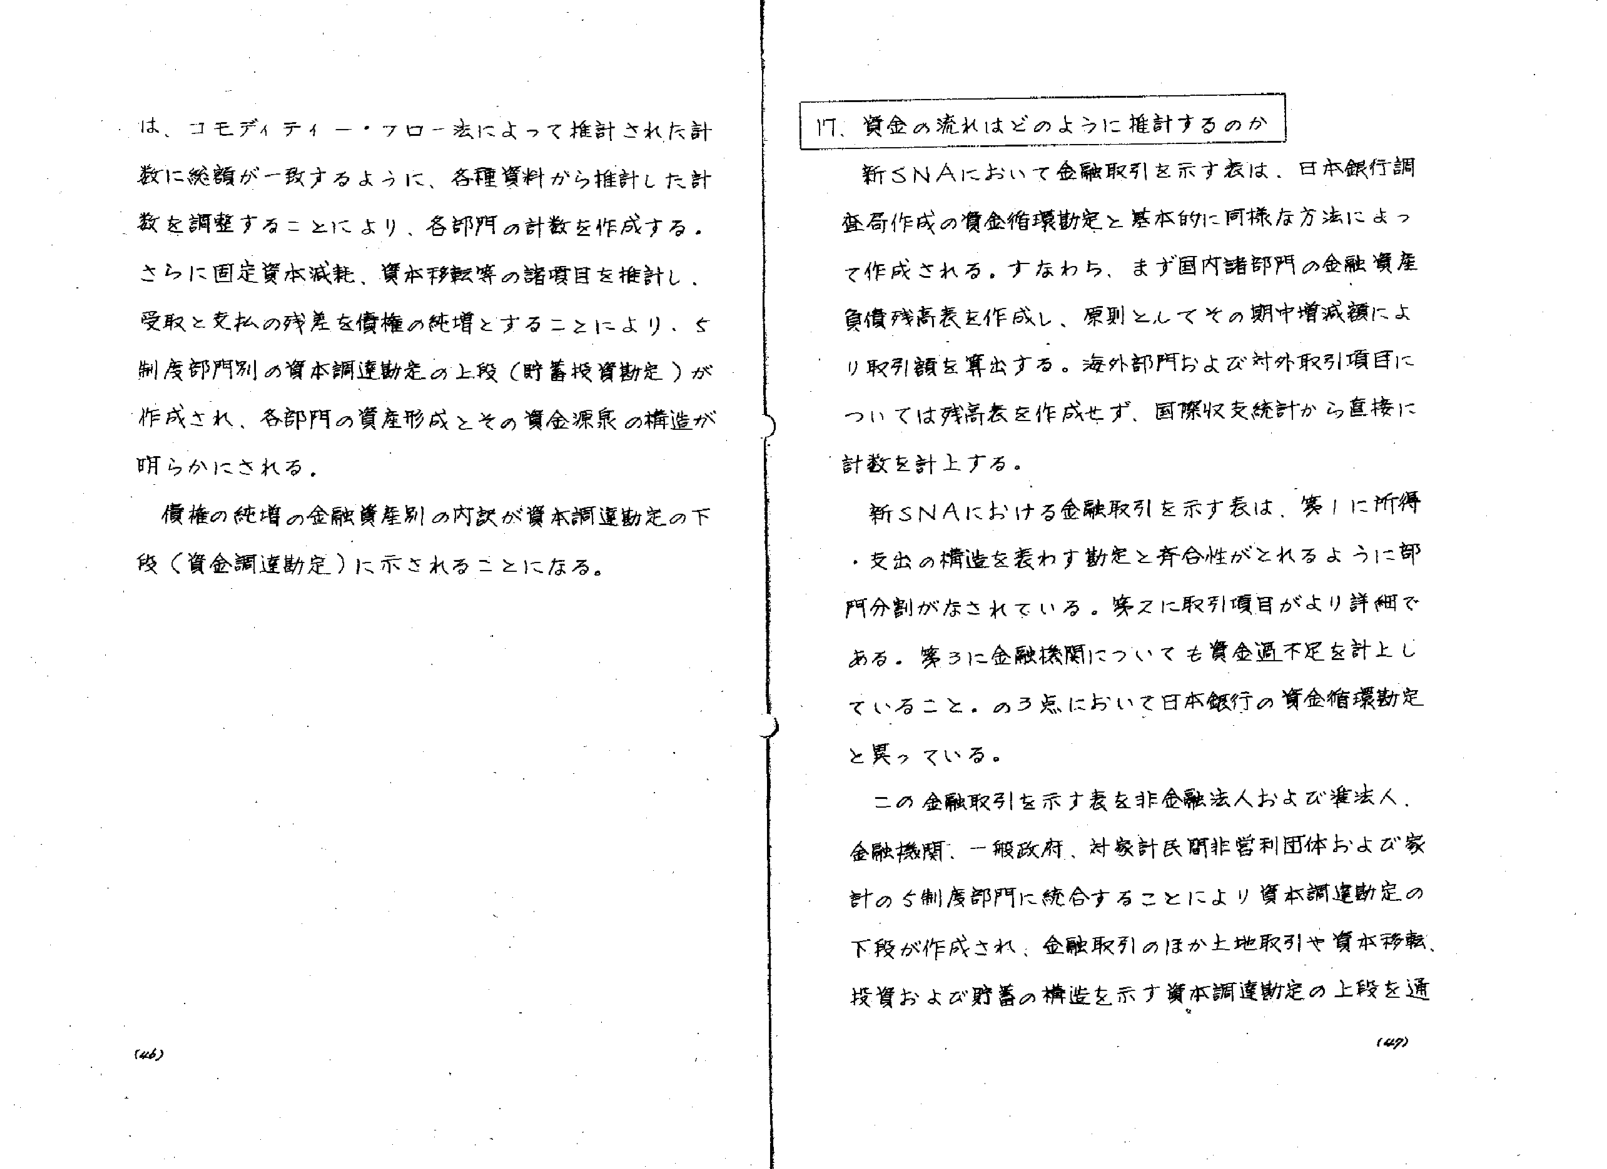
は、コモディティ－・フロー法によって推計された計数に総額が一致するように、各種資料から推計した計数を調整することにより、各部門の計数を作成する。さらに固定資本減耗、資本移転等の諸項目を推計し、受取と支払の残差を債権の純増とすることにより、5制度部門別の資本調達勘定の上段（貯蓄投資勘定）が作成され、各部門の資産形成とその資金源泉の構造が明らかにされる。

債権の純増の金融資産別の内訳が資本調達勘定の下段（資金調達勘定）に示されることになる。

17. 資金の流れはどのように推計するのか

新SNAにおいて金融取引を示す表は、日本銀行調査局作成の資金循環勘定と基本的に同様な方法によって作成される。すなわち、まず国内諸部門の金融資産負債残高表を作成し、原則としてその期中増減額により取引額を算出する。海外部門および対外取引項目については残高表を作成せず、国際収支統計から直接に計数を計上する。

新SNAにおける金融取引を示す表は、第1に所得・支出の構造を表わす勘定と整合性がとれるように部門分割がなされている。第2に取引項目がより詳細である。第3に金融機関についても資金通不足を計上していること。の3点において日本銀行の資金循環勘定と異っている。

この金融取引を示す表を非金融法人および準法人、金融機関、一般政府、対象計民間非営利団体および家計の5制度部門に統合することにより資本調達勘定の下段が作成され、金融取引のほか土地取引や資本移転、投資および貯蓄の構造を示す資本調達勘定の上段を通

(46)

(47)